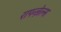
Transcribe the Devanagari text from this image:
रापन्ज़ेल्स